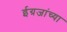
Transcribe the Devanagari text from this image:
ईग्रजांच्या